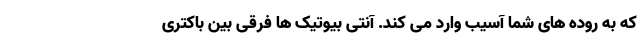
که به روده های شما آسیب وارد می کند. آنتی بیوتیک ها فرقی بین باکتری